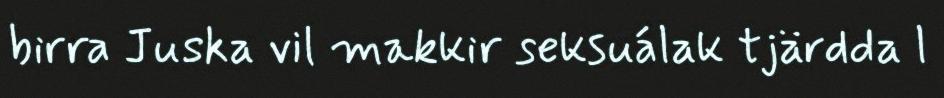
birra Juska vil makkir seksuálak tjärdda l